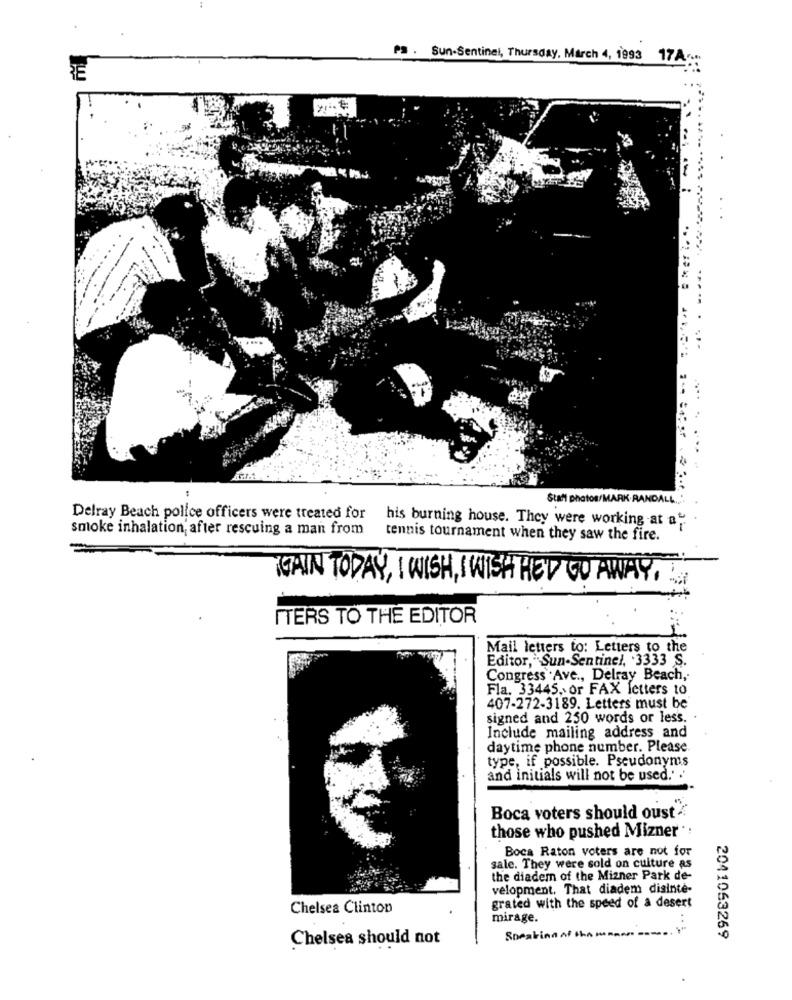
Pa . Sun-Sentinel, Thursday, March 4, 1993 17A ....
.€
......
Staff photos/MARK RANDAL .:
Delray Beach police officers were treated for
smoke inhalation; after rescuing a man from
his burning house. They were working at a
tennis tournament when they saw the fire.
MAIN TODAY, I WISH , IWISH HED GO AWAY ,
ITERS TO THE EDITOR
Mail letters to: Letters to the
Editor,"Sun-Sentinel, . 3333 S.
Congress .Ave ., Delray Beach,
Fla. 33445, or FAX letters to
407-272-3189. Letters must be
signed and 250 words or less.
Include mailing address and
daytime phone number. Please
type, if possible. Pseudonyms
and initials will not be used. . '
Boca voters should oust
those who pushed Mizner
Boca Raton voters are not for
sale. They were sold on culture as
the diadem of the Mizner Park de-
velopment. That diadem disinte-
Chelsea Clinton
grated with the speed of a desert
mirage.
Chelsea should not
Speakin
2041063269